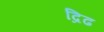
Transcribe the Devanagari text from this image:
द्रिढ